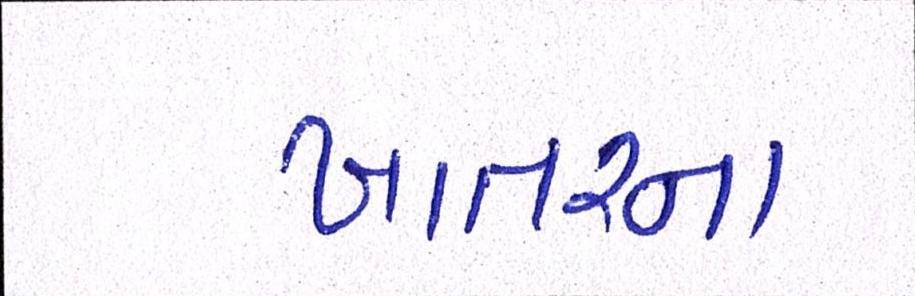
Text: ખાતરના